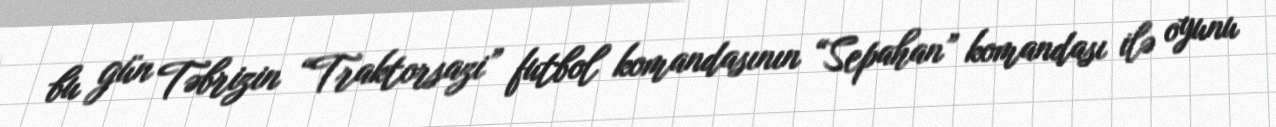
bu gün Təbrizin “Traktorsazi” futbol komandasının “Sepahan” komandası ilə oyunu